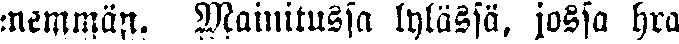
memmän. Mainitussa kylässä, jossa hra